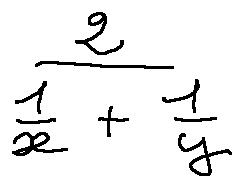
\frac { 2 } { \frac { 1 } { x } + \frac { 1 } { y } }